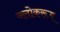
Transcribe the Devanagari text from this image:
क्लोकरूम